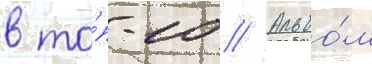
в то́п-10 // Альбо́м